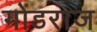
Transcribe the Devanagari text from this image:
गोंडराज